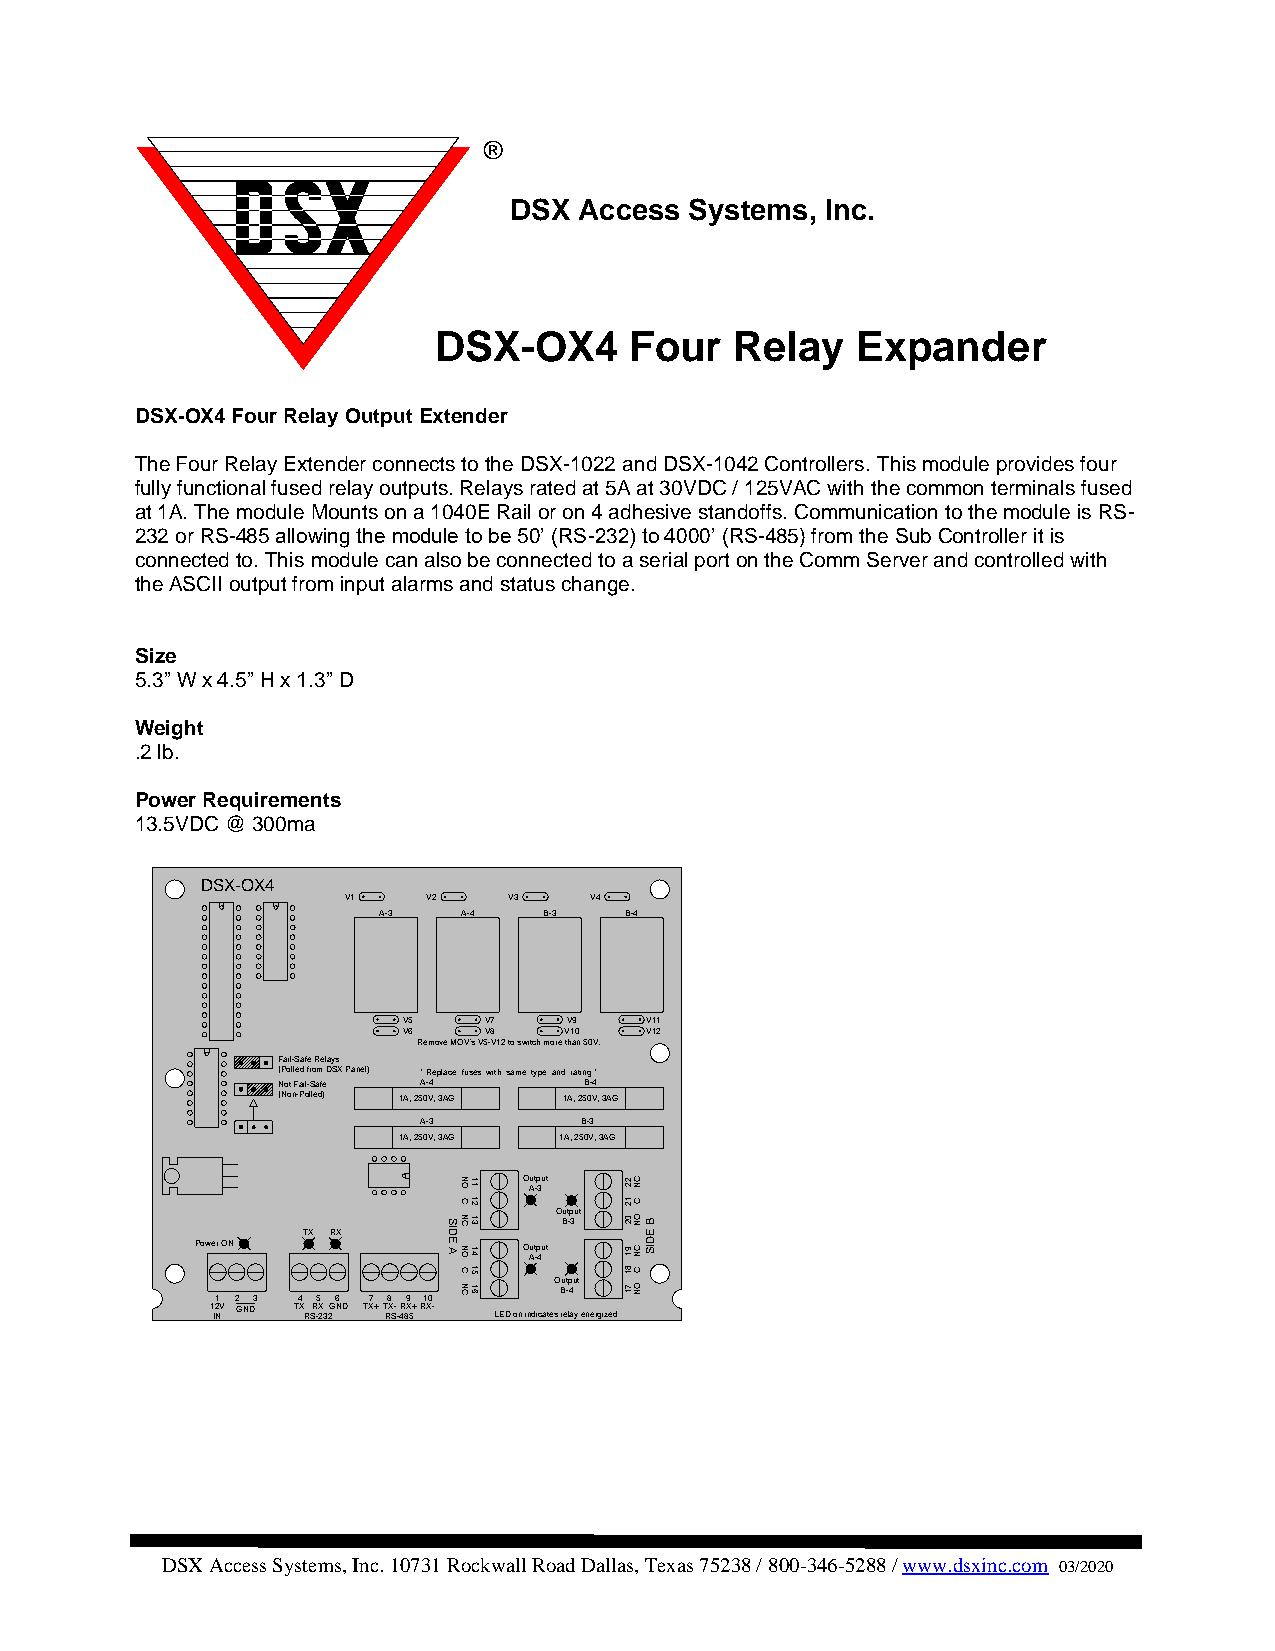
®
 DSX Access  Systems, Inc.
 DSX-OX4      Four   Relay   Expander
 DSX-OX4 Four Relay Output Extender
 The Four Relay Extender connects to the DSX-1022 and DSX-1042 Controllers. This module provides four
 fully functional fused relay outputs. Relays rated at 5A at 30VDC / 125VAC with the common terminals fused
 at 1A. The module Mounts on a 1040E Rail or on 4 adhesive standoffs. Communication to the module is RS-
 232 or RS-485 allowing the module to be 50’ (RS-232) to 4000’ (RS-485) from the Sub Controller it is
 connected to. This module can also be connected to a serial port on the Comm Server and controlled with
 the ASCII output from input alarms and status change.
 Size
 5.3” W x 4.5” H x 1.3” D
 Weight
 .2 lb.
 Power Requirements
 13.5VDC @ 300ma
 DSX-OX4
 V1   V2    V3   V4
 A-3   A-4  B-3  B-4
 V5   V7    V9   V11
 V6   V8   V10   V12
 Remove MOV's V5-V12 to switch more than 50V.
 Fail-Safe Relays
 (Polled from DSX Panel) * Replace fuses with same type and rating *
 Not Fail-Safe A-4    B-4
 (Non-Polled) 1A, 250V, 3AG 1A, 250V, 3AG
 A-3       B-3
 1A, 250V, 3AG 1A, 250V, 3AG
 Output
 A-3
 Output B-3
 TX RX
 Power ON              Output
 A-4
 Output B-4
 1 2 3 4 5 6 7 8 9 10
 1 I2 NV GND TX RSR -2X 32GND TX+T RX S- -4R 8X 5+RX- LED on indicates relay energized
 DSX Access Systems, Inc. 10731 Rockwall Road Dallas, Texas 75238 / 800-346-5288 / www.dsxinc.com 03/2020
 SIDE
 A
 NO
 C
 NC
 NO
 C
 NC
 11
 12
 13
 14
 15
 16
 22
 12
 02
 91
 81
 71
 CN
 C
 ON
 CN
 C
 ON
 B
 EDIS